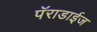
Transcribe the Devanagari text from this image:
पॅराडाईज